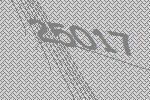
25017